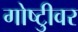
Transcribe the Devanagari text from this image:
गोष्टीुवर